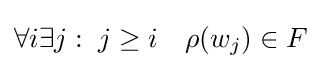
\forall i\exists j:\;j\geq i\quad \rho (w_{j})\in F